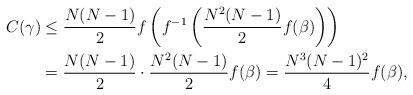
LaTeX: \begin{align*} C(\gamma)& \le \frac{N(N-1)}{2}f\left(f^{-1}\left(\frac{N^2(N-1)}{2}f(\beta)\right)\right)\\ & =\frac{N(N-1)}{2}\cdot\frac{N^2(N-1)}{2}f(\beta)=\frac{N^3(N-1)^2}{4}f(\beta),\end{align*}